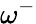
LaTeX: \omega^{-}